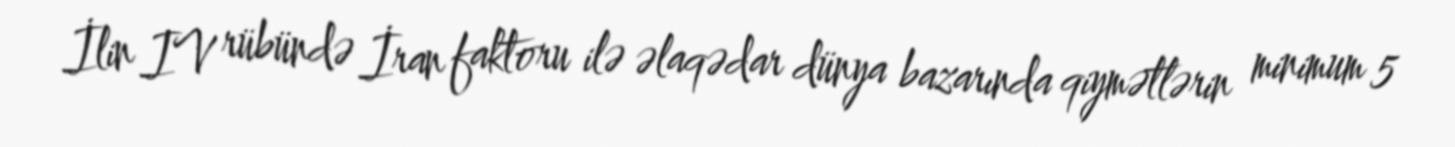
İlin IV rübündə İran faktoru ilə əlaqədar dünya bazarında qiymətlərin minimum 5